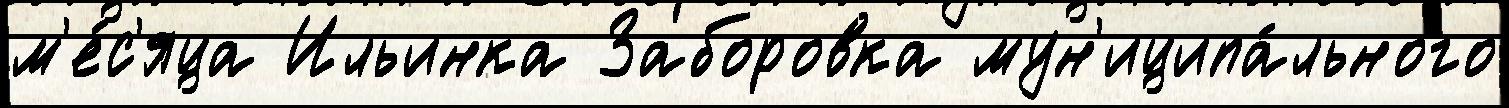
м'е́с'яца Ильинка Заборовка мун'иципа́льного